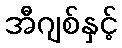
အီဂျစ်နှင့်